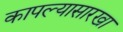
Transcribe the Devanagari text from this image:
कापल्यासारखा